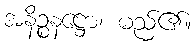
အနိဉ္စနဋ္ဌော၊ မည်၏။